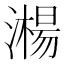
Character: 𣿘